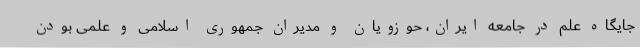
جایگاه علم در جامعه ایران، حوزویان و مدیران جمهوری اسلامی و علمی بودن